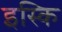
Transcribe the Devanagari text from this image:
इस्कि